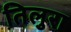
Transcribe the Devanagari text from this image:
तिलुरा